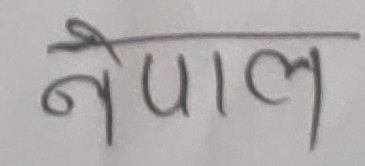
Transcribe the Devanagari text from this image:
नेपाल